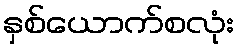
နှစ်ယောက်စလုံး